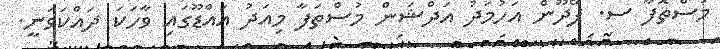
މުސްތޮފާ ސ. ފޭދޫން އަހުމަދު އަދްޝަން މުސްތަފާ މިއަދު އައްޑޫގައި ވާހަކަ ދައްކަވަނީ.